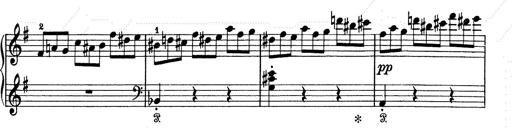
Title: 6 Polish Songs
Composer: Franz Liszt